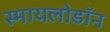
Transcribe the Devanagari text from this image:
स्मायलोडॉन